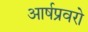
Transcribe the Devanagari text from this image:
आर्षप्रवरो